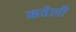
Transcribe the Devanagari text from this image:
कवेली